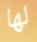
لها